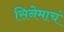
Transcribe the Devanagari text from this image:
सिनेमाचं